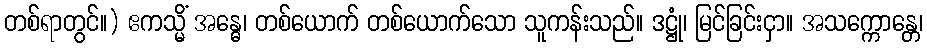
တစ်ရာတွင်။) ဧကသ္မိံ အန္ဓေ၊ တစ်ယောက် တစ်ယောက်သော သူကန်းသည်။ ဒဋ္ဌုံ၊ မြင်ခြင်းငှာ။ အသက္ကောန္တေ၊